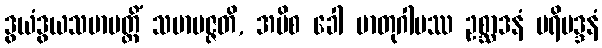
ဒွယံဒွယသမာပတ္တိံ သမာပဇ္ဇတိ, အပိစ ခေါ မာတုဂါမဿ ဥစ္ဆာဒနံ ပရိမဒ္ဒနံ